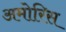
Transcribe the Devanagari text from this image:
अमोरिस